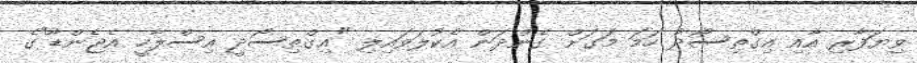
ވިޔަފާރި އާއި އިގްތިސޯދު ހަމަ މަގަށް ގެންދަން އެކުލަވައިލި "އިގްތިސޯދީ އިސްލާހީ އެޖެންޑާ"ގެ